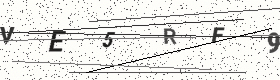
Text: VE5RF9